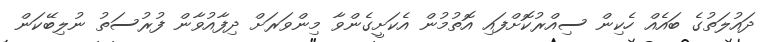
ދައުލަތުގެ ބައެއް ހެކިން ސިއްރުކޮށްފައިި އޮތުމުން އެކަށީގެންވާ މިންވަރަށް ދިފާއުވާން ފުރުސަތު ނުލިބޭކަން